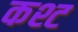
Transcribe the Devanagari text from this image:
कश्ट